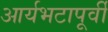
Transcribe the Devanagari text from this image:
आर्यभटापूर्वी